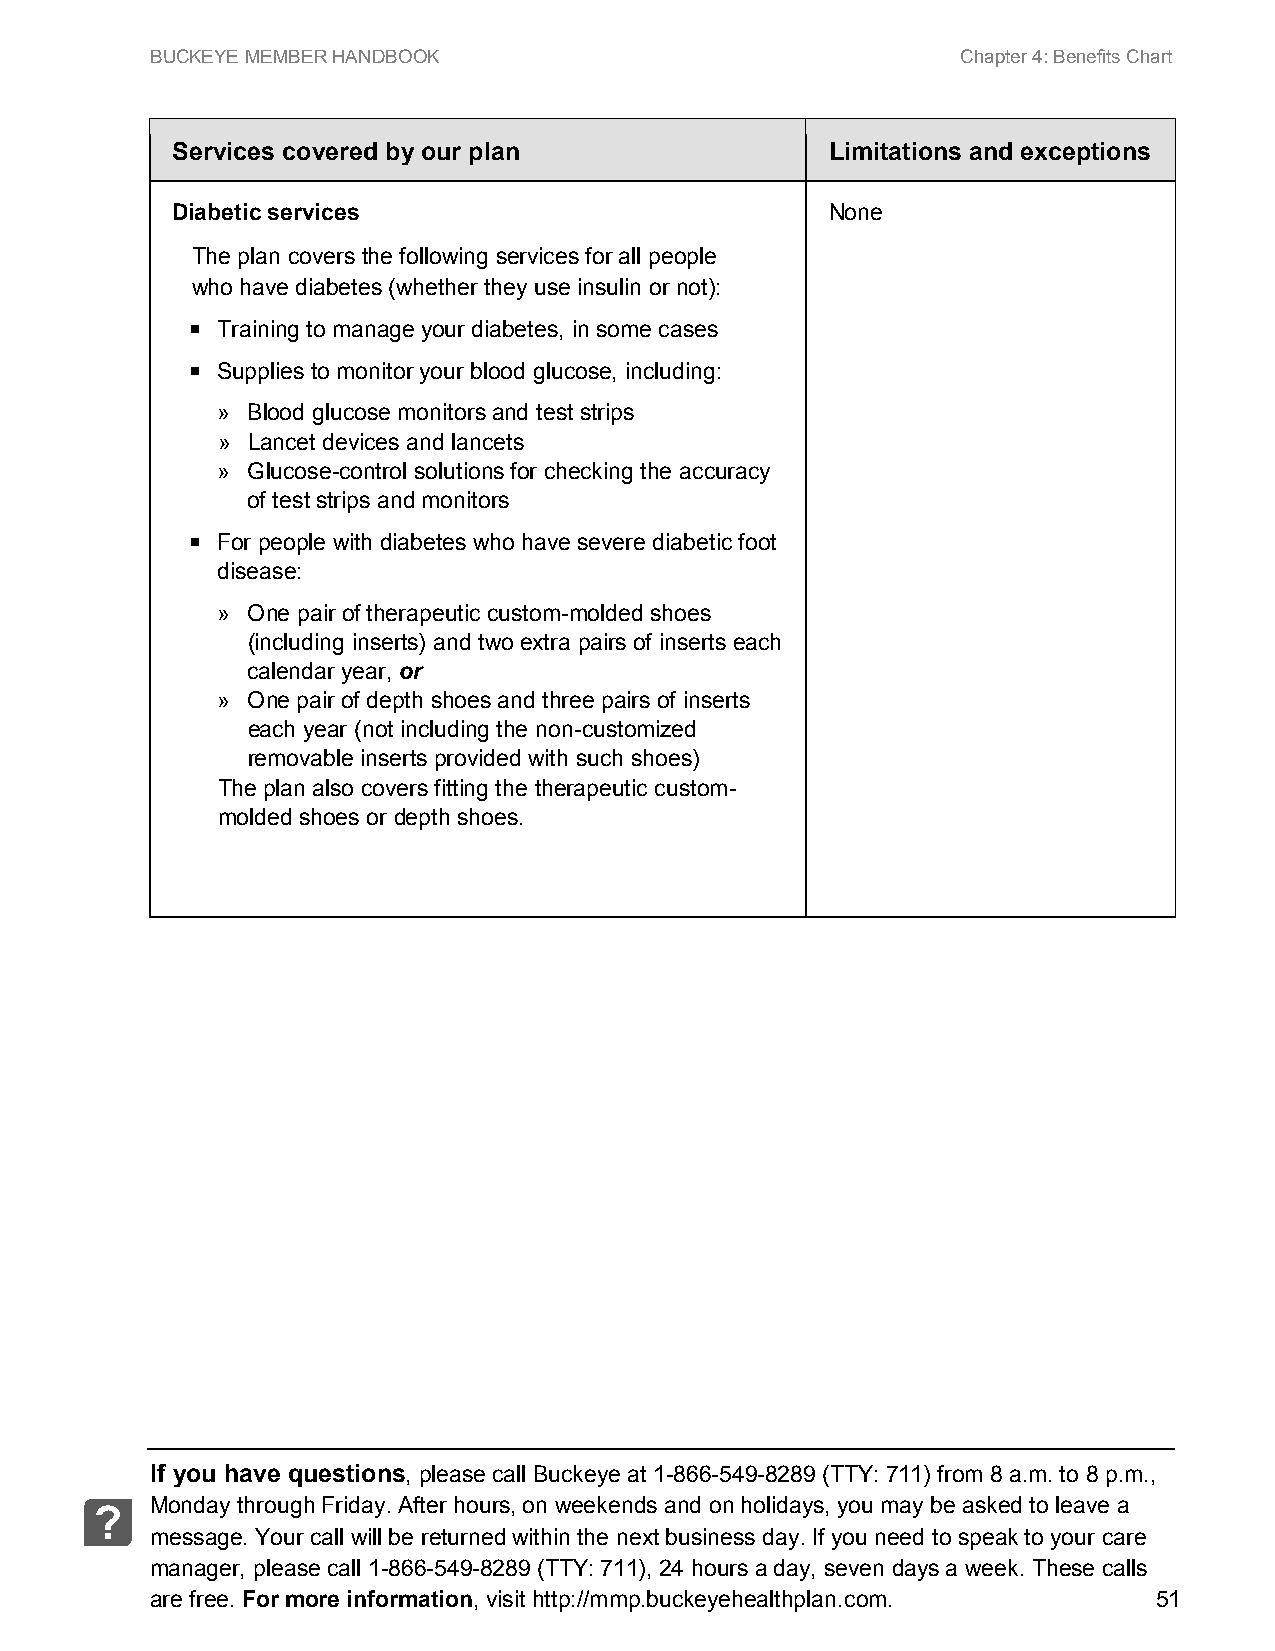
BUCKEYE MEMBER HANDBOOK                               Chapter 4: Benefits Chart
 Services covered by our plan                Limitations and exceptions
 Diabetic services                           None
 The plan covers the following services for all people
 who have diabetes (whether they use insulin or not):
  Training to manage your diabetes, in some cases
  Supplies to monitor your blood glucose, including:
 » Blood glucose monitors and test strips
 » Lancet devices and lancets
 » Glucose-control solutions for checking the accuracy
 of test strips and monitors
  For people with diabetes who have severe diabetic foot
 disease:
 » One pair of therapeutic custom-molded shoes
 (including inserts) and two extra pairs of inserts each
 calendar year, or
 » One pair of depth shoes and three pairs of inserts
 each year (not including the non-customized
 removable inserts provided with such shoes)
 The plan also covers fitting the therapeutic custom-
 molded shoes or depth shoes.
 If you have questions, please call Buckeye at 1-866-549-8289 (TTY: 711) from 8 a.m. to 8 p.m.,
 Monday through Friday. After hours, on weekends and on holidays, you may be asked to leave a
 ?
 message. Your call will be returned within the next business day. If you need to speak to your care
 manager, please call 1-866-549-8289 (TTY: 711), 24 hours a day, seven days a week. These calls
 are free. For more information, visit http://mmp.buckeyehealthplan.com. 51